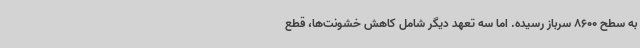
به سطح 8600 سرباز رسیده. اما سه تعهد دیگر شامل کاهش خشونت‌ها، قطع